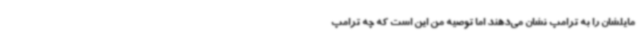
مایلشان را به ترامپ نشان می‌دهند اما توصیه من این است که چه ترامپ